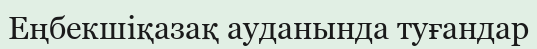
Еңбекшіқазақ ауданында туғандар